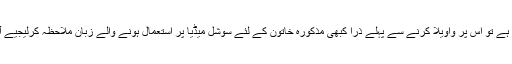
اگر پارلیمینٹ میں کسی خاتون ایم پی اے کی تضحیک کی جاتی ہے تو اس پر واویلا کرنے سے پہلے ذرا کبھی مذکورہ خاتون کے لئے سوشل میڈیا پر استعمال ہونے والے زبان ملاحظہ کرلیجیے آپ کو اندازہ ہوجائے گا کہ اس حمام میں ستربند کوئی بھی نہیں۔